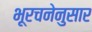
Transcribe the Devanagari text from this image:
भूरचनेनुसार